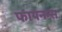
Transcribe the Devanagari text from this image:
फायनन्स